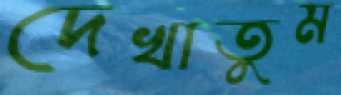
দেখাতুম